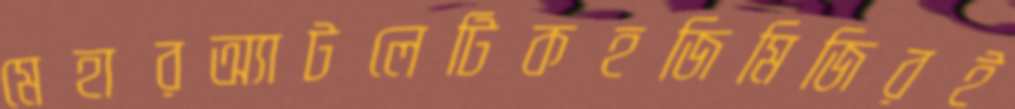
মেহারঅ্যাটলেটিকহজিমিজিরই